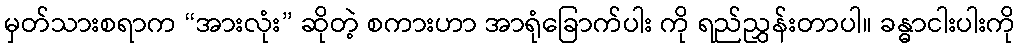
မှတ်သားစရာက “အားလုံး” ဆိုတဲ့ စကားဟာ အာရုံခြောက်ပါး ကို ရည်ညွှန်းတာပါ။ ခန္ဓာငါးပါးကို